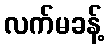
လက်မခန့်